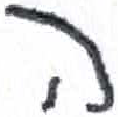
אות: ה